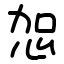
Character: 㤎